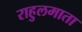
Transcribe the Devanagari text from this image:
राहुलमाता